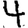
Digit: 4